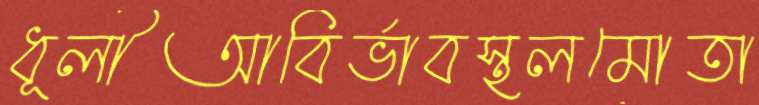
ধূলীআবির্ভাবস্থলমোতা